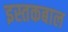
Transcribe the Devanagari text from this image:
इस्तकबाल